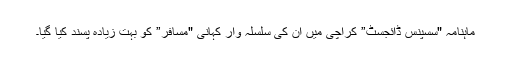
ماہنامہ "سسپنس ڈائجسٹ” کراچی میں ان کی سلسلہ وار کہانی "مسافر” کو بہت زیادہ پسند کیا گیا۔